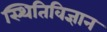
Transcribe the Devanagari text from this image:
स्थितिविज्ञान